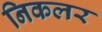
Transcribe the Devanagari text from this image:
निकलर